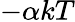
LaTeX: -\alpha kT